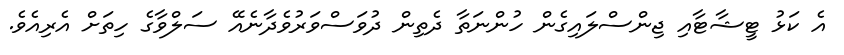
އެ ކަޅު ޓީޝާޓާއި ޖިންސްލައިގެން ހުންނަތާ ދެތިން ދުވަސްވަރުވެދާނެއޭ ސަލްވާގެ ހިތަށް އެރިއެވެ.